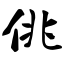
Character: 佻